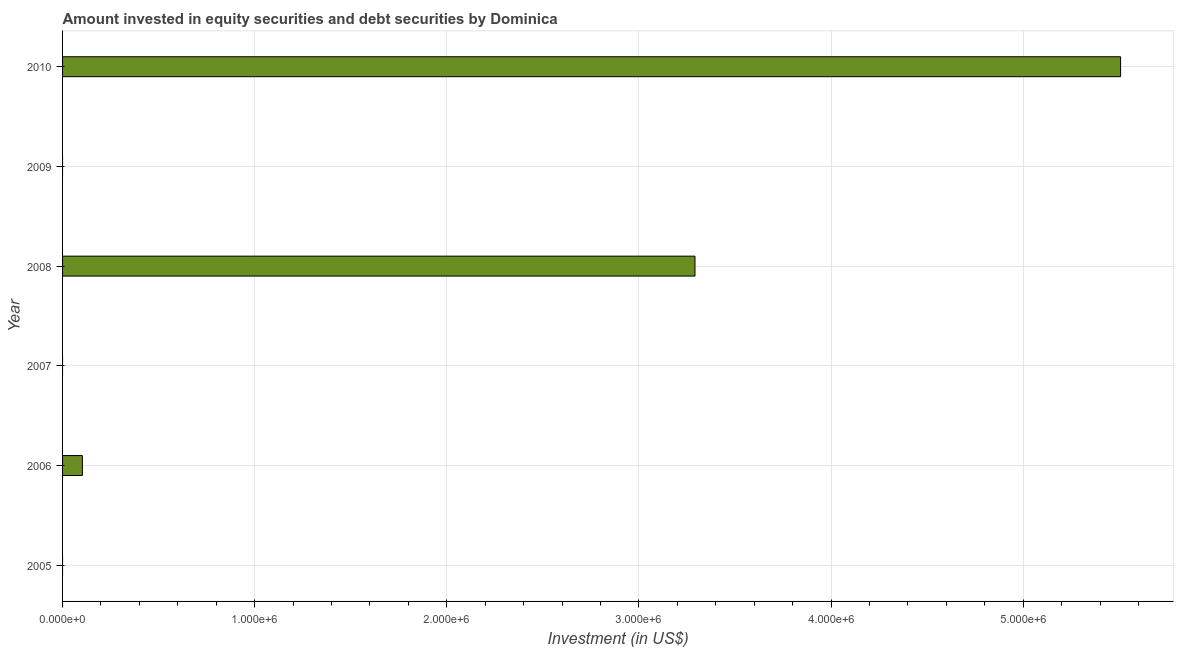
| Year | Portfolio Investment |
 | --- | --- |
 | 2005 | -3.78e+06 |
 | 2006 | 1.03e+05 |
 | 2007 | -1.71e+06 |
 | 2008 | 3.29e+06 |
 | 2009 | -3.65e+05 |
 | 2010 | 5.51e+06 |